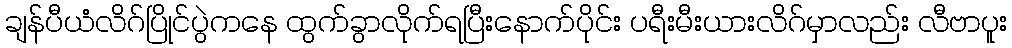
ချန်ပီယံလိဂ်ပြိုင်ပွဲကနေ ထွက်ခွာလိုက်ရပြီးနောက်ပိုင်း ပရီးမီးယားလိဂ်မှာလည်း လီဗာပူး